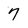
Character: 7